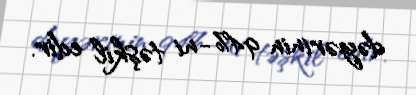
dəyərinin 94%-ni təşkil edir.